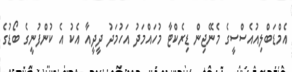
އެމްޑަބްލިއުއެސްސީގެ މެނޭޖިން ޑިރެކްޓާ މުހައްމަދު އަހުމަދު ދީދީއާ އެކު އެ ކުންފުނީގެ ބޯޑުގެ